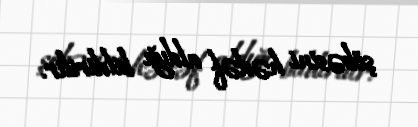
şöbəsini hədəf aldığı bildirilir.